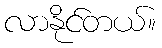
လာနိုင်တယ်။